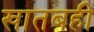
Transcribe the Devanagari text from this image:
खातबही